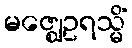
မဇ္ဈေဥရသ္မိံ